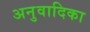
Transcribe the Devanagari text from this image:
अनुवादिका